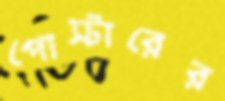
পোস্টারের